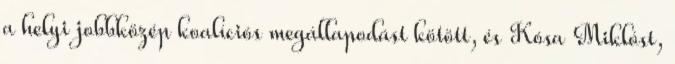
a helyi jobbközép koalíciós megállapodást kötött, és Kósa Miklóst,